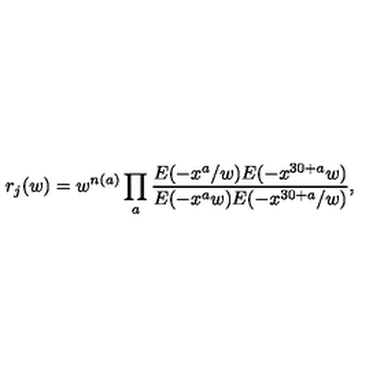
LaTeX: r _ { j } ( w ) = w ^ { n ( a ) } \prod _ { a } \frac { E ( - x ^ { a } / w ) E ( - x ^ { 3 0 + a } w ) } { E ( - x ^ { a } w ) E ( - x ^ { 3 0 + a } / w ) } ,